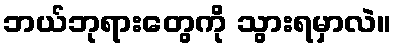
ဘယ်ဘုရားတွေကို သွားရမှာလဲ။